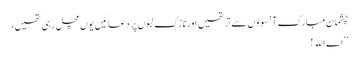
چشمانِ مبارک آنسوؤں سے تر تھیں اور نازک لبوں پر دعائیں یوں مچل رہی تھیں،
’’اے اﷲ!